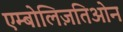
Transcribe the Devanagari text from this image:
एम्बोलिज़तिओन